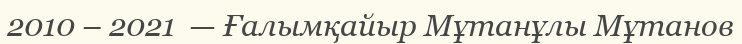
2010 – 2021  — Ғалымқайыр Мұтанұлы Мұтанов